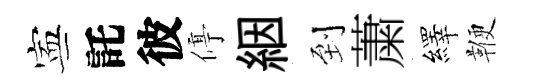
寕託彼停絪到䔥繹鞭